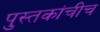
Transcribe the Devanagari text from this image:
पुस्तकांचीच